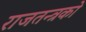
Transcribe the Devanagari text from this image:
राजतन्त्रको